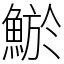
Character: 鯲